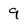
Character: 9